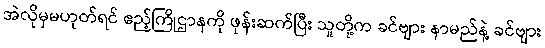
အဲလိုမှမဟုတ်ရင် ဧည့်ကြိုဌာနကို ဖုန်းဆက်ပြီး သူတို့က ခင်ဗျား နာမည်နဲ့ ခင်ဗျား